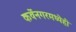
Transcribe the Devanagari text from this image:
कर्वेनगरमध्येही